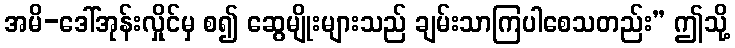
အမိ-ဒေါ်အုန်းလှိုင်မှ စ၍ ဆွေမျိုးများသည် ချမ်းသာကြပါစေသတည်း” ဤသို့